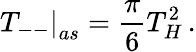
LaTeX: \left.T_{--}\right|_{as}=\frac{\pi}{6}T_{H}^{2}\, .